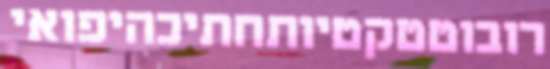
רובוטטקטיותחתיכהיפואי